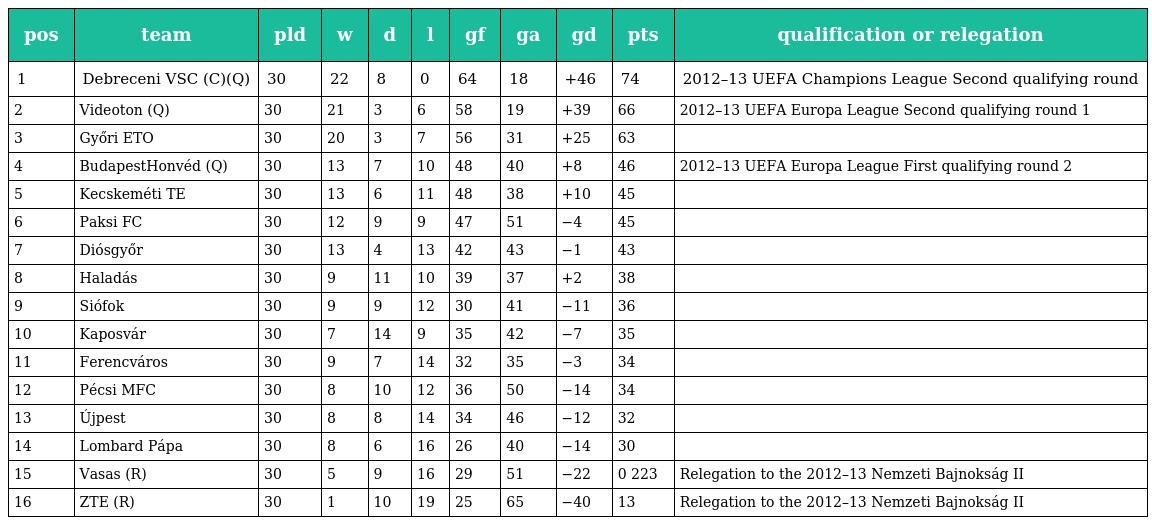
| pos | team | pld | w | d | l | gf | ga | gd | pts | qualification or relegation |
 | --- | --- | --- | --- | --- | --- | --- | --- | --- | --- | --- |
 | 1 | Debreceni VSC (C)(Q) | 30 | 22 | 8 | 0 | 64 | 18 | +46 | 74 | 2012–13 UEFA Champions League Second qualifying round |
 | 2 | Videoton (Q) | 30 | 21 | 3 | 6 | 58 | 19 | +39 | 66 | 2012–13 UEFA Europa League Second qualifying round 1 |
 | 3 | Győri ETO | 30 | 20 | 3 | 7 | 56 | 31 | +25 | 63 |  |
 | 4 | BudapestHonvéd (Q) | 30 | 13 | 7 | 10 | 48 | 40 | +8 | 46 | 2012–13 UEFA Europa League First qualifying round 2 |
 | 5 | Kecskeméti TE | 30 | 13 | 6 | 11 | 48 | 38 | +10 | 45 |  |
 | 6 | Paksi FC | 30 | 12 | 9 | 9 | 47 | 51 | −4 | 45 |  |
 | 7 | Diósgyőr | 30 | 13 | 4 | 13 | 42 | 43 | −1 | 43 |  |
 | 8 | Haladás | 30 | 9 | 11 | 10 | 39 | 37 | +2 | 38 |  |
 | 9 | Siófok | 30 | 9 | 9 | 12 | 30 | 41 | −11 | 36 |  |
 | 10 | Kaposvár | 30 | 7 | 14 | 9 | 35 | 42 | −7 | 35 |  |
 | 11 | Ferencváros | 30 | 9 | 7 | 14 | 32 | 35 | −3 | 34 |  |
 | 12 | Pécsi MFC | 30 | 8 | 10 | 12 | 36 | 50 | −14 | 34 |  |
 | 13 | Újpest | 30 | 8 | 8 | 14 | 34 | 46 | −12 | 32 |  |
 | 14 | Lombard Pápa | 30 | 8 | 6 | 16 | 26 | 40 | −14 | 30 |  |
 | 15 | Vasas (R) | 30 | 5 | 9 | 16 | 29 | 51 | −22 | 0 223 | Relegation to the 2012–13 Nemzeti Bajnokság II |
 | 16 | ZTE (R) | 30 | 1 | 10 | 19 | 25 | 65 | −40 | 13 | Relegation to the 2012–13 Nemzeti Bajnokság II |